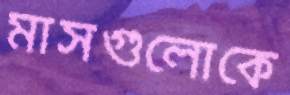
মাসগুলোকে